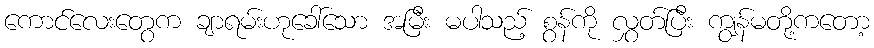
ကောင်လေးတွေက ချာရမ်းဟုခေါ်သော အမြီး မပါသည့် စွန်ကို လွှတ်ပြီး ကျွန်မတို့ကတော့